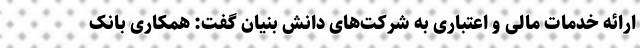
ارائه خدمات مالی و اعتباری به شرکت‌های دانش بنیان گفت: همکاری بانک